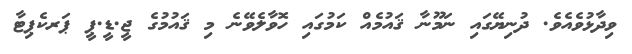
ވިދާޅުވެއެވެ. ދުނިޔޭގައި ނަމޫނާ ޤައުމެއް ކަމުގައި ހޮވާލެވޭނެ މި ޤައުމުގެ ޖީ.ޑީ.ޕީ ޕަރކެޕިޓާ